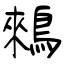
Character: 鶆